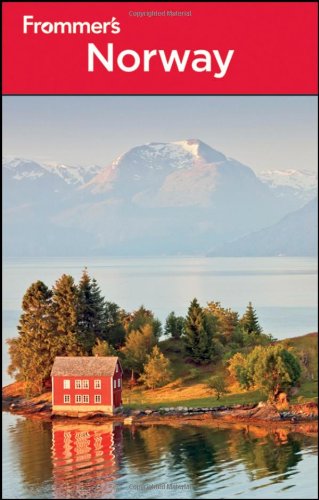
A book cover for Frommer's Norway (Frommer's Complete Guides); Roger Norum; Travel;